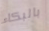
بالبكاء